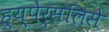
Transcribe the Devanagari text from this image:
ह्य्पेर्सलिसे